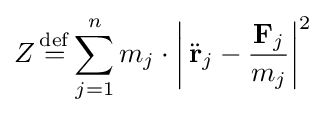
Z\,{\stackrel {\mathrm {def} }{=}}\sum _{j=1}^{n}m_{j}\cdot \left|\,{\ddot {\mathbf {r} }}_{j}-{\frac {\mathbf {F} _{j}}{m_{j}}}\right|^{2}